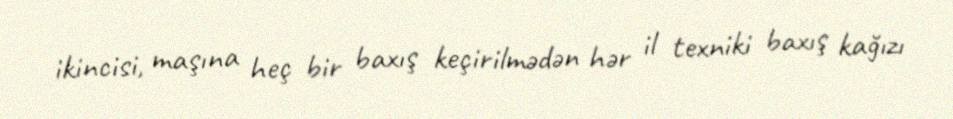
ikincisi, maşına heç bir baxış keçirilmədən hər il texniki baxış kağızı